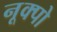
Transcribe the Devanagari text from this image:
नूक्पो